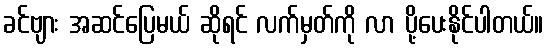
ခင်ဗျား အဆင်ပြေမယ် ဆိုရင် လက်မှတ်ကို လာ ပို့ပေးနိုင်ပါတယ်။